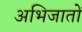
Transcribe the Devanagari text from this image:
अभिजातों